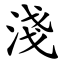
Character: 淺